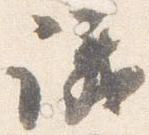
議